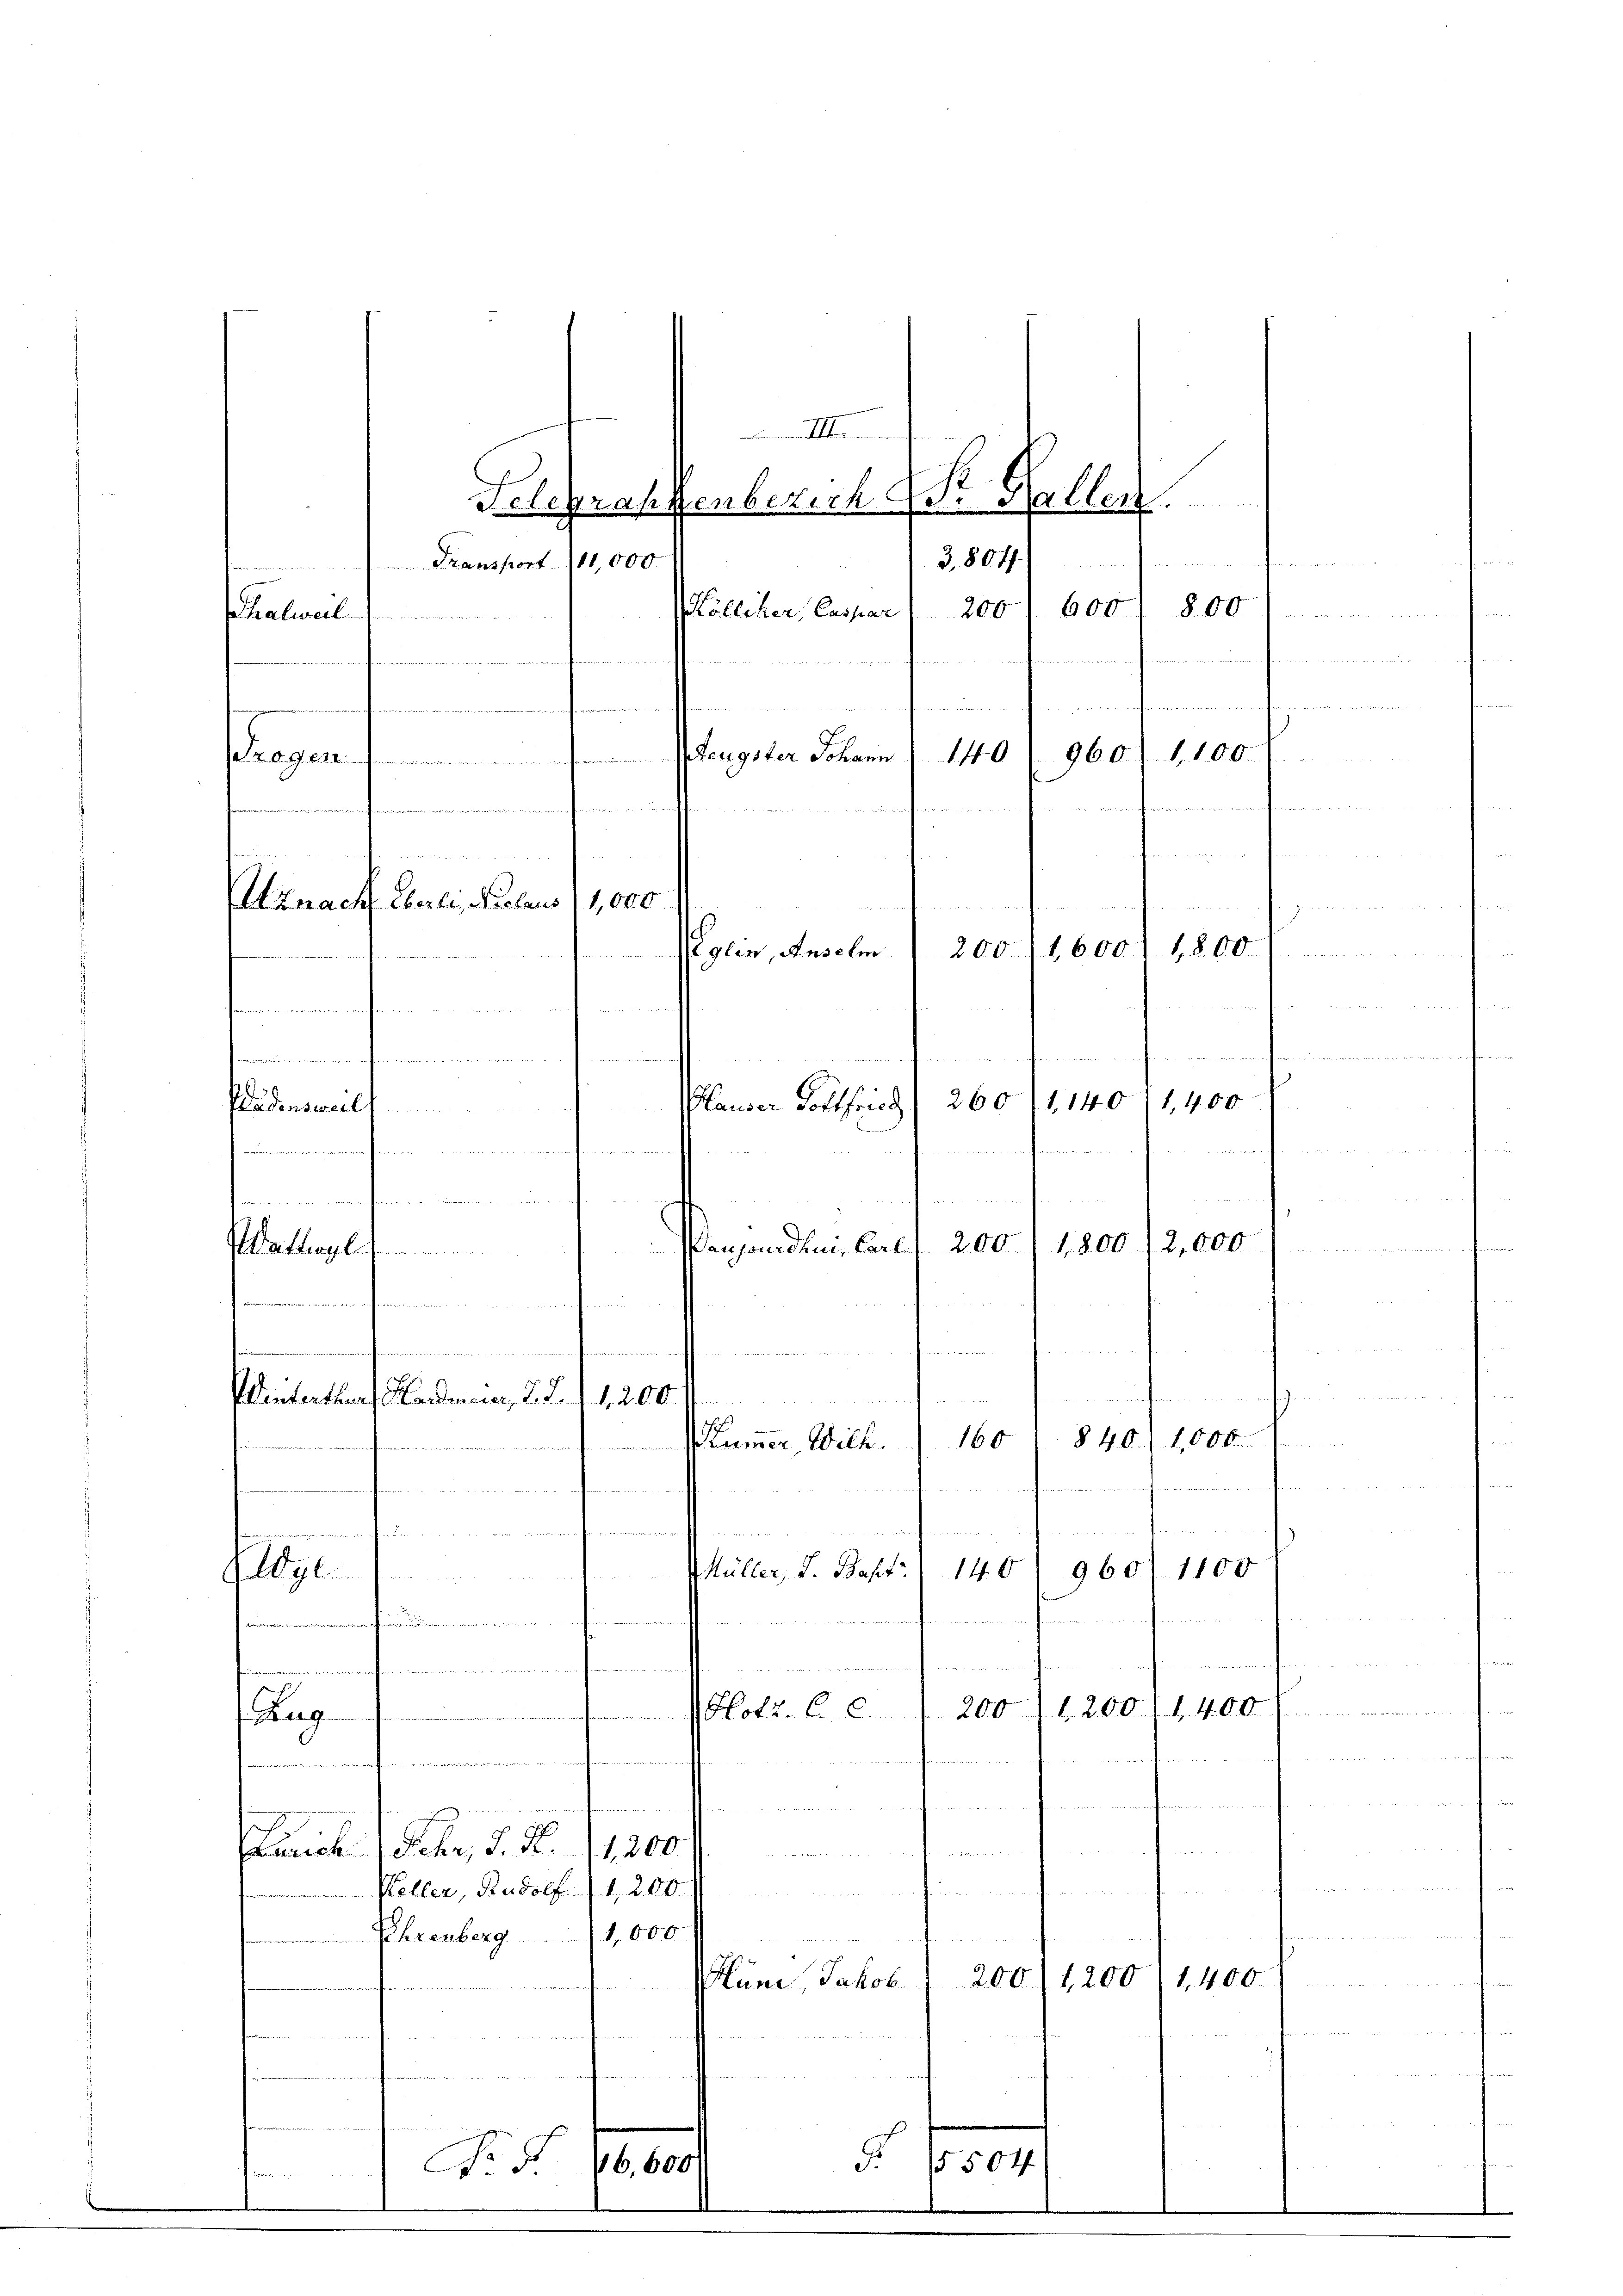
III.
Felegraphenberich St. Gallen.
3,804

Transport 111,000.
a
600
8.00
200
Kölliker, Caspar
Thalweil
.........
n
ennferen
nheren
960. 1. 100.
Trogen ............... erster Johann
140
1251

 . . . .
a

Utznach Leerli, Niclaus (1,000

¬
200 (1600. 1800
Eglin, Ansoli
te
mmmenen einen f
e
1,400
1.140
260
 Plauser Gottfried
Wädensweil

Frk
22

loge

dann in merckenen den mir nicht er
thagli
  und in den mit

Winterthur, Hardmeier, J. J. 11,200
ten

Zug
e
Lauch Fehr, d. S. 11,200
anten
e
deen dem Herrn

Keller, Rudolf 1, 200.
1,800
Ehrenberg.
200 (1200
Hüni, Jakob.
et von 1 Vortreten de
e
§. 1500
16,600

u

u
u
.
t
160
ummer Wilh.

.

Müller, u. Besti

Penhanden, Carl / 200 f 1,800 12,000

840/1,000
960. 1100
140
Hlotz. C. c. 200. 1200 (1400
n

1. 400.